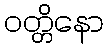
ဝတ္တိနော